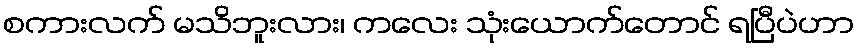
စကားလက် မသိဘူးလား၊ ကလေး သုံးယောက်တောင် ရပြီပဲဟာ